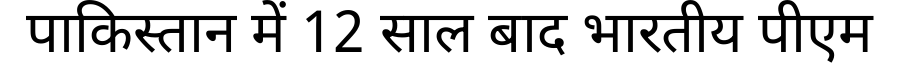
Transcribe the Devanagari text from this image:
पाकिस्तान में 12 साल बाद भारतीय पीएम